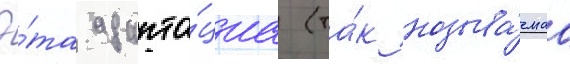
Э́та адапта́циа (та́к называ́емаа